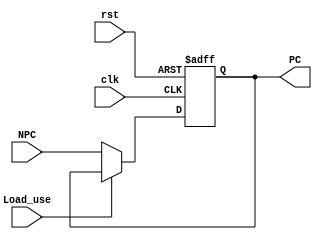
module PC_PPL(NPC,rst,clk,PC,
Load_use);
	input[31:2]	NPC;
	input		rst;
	input 		clk;
	input		Load_use;
	
	output[31:2]	PC;

	reg[31:2]	PC;
	initial
	begin
		PC = 0;
	end
	always @(negedge clk or posedge rst)
		begin
			if(rst == 1)
				PC<=0;
//initial assignment pc <= 13
			else if(!Load_use)
				PC<=NPC;
		end
endmodule